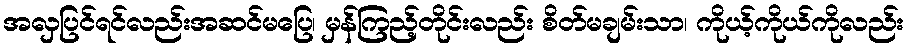
အလှပြင်ရင်လည်းအဆင်မပြေ၊ မှန်ကြည့်တိုင်းလည်း စိတ်မချမ်းသာ၊ ကိုယ့်ကိုယ်ကိုလည်း